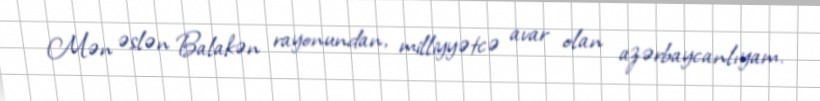
Mən əslən Balakən rayonundan, milliyyətcə avar olan azərbaycanlıyam.